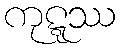
ကုဋ္ဋဿ